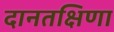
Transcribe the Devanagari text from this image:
दानतक्षिणा